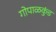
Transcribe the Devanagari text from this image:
गोपाळकुंड